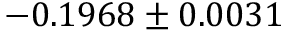
- 0 . 1 9 6 8 \pm 0 . 0 0 3 1